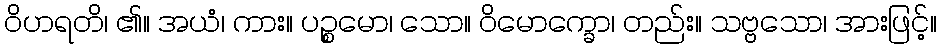
ဝိဟရတိ၊ ၏။ အယံ၊ ကား။ ပဉ္စမော၊ သော။ ဝိမောက္ခော၊ တည်း။ သဗ္ဗသော၊ အားဖြင့်။